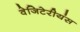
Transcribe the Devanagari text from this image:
वेजिटेरीयंस